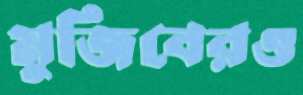
মুজিবেরও